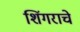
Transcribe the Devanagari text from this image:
शिंगराचे